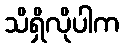
သိရှိလိုပါက